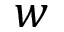
w